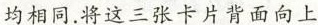
均相同.将这三张卡片背面向上